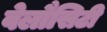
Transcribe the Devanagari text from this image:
वेलौसिटी